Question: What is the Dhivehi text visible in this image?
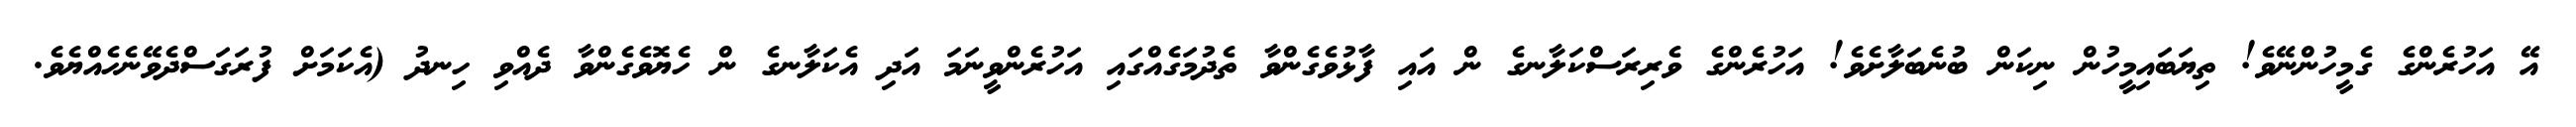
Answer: އޭ އަހުރެންގެ ގެމީހުންނޭވެ! ތިޔަބައިމީހުން ނިކަން ބުނެބަލާށެވެ! އަހުރެންގެ ވެރިރަސްކަލާނގެ ން އައި ފާޅުވެގެންވާ ތެދުމަގެއްގައި އަހުރެންވީނަމަ އަދި އެކަލާނގެ ން ހެޔޮވެގެންވާ ދެއްވި ހިނދު (އެކަމަށް ފުރަގަސްދެވޭނެހެއްޔެވެ.